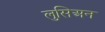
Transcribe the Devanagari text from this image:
लुसिअन